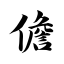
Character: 儋